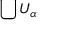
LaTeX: \bigcup U _ { \alpha }